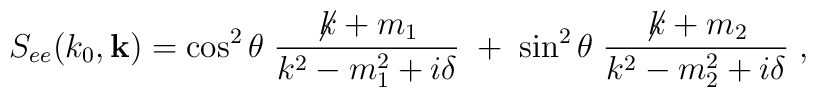
S_{ee}(k_0,{\bf k})=   \cos^2\theta\; \frac{\not \! k + m_1}{k^2 - m_{1}^{2} + i\delta} \; +   \;\sin^2\theta\; \frac{\not \! k + m_2}{k^2 - m_{2}^{2} + i\delta}  \; ,